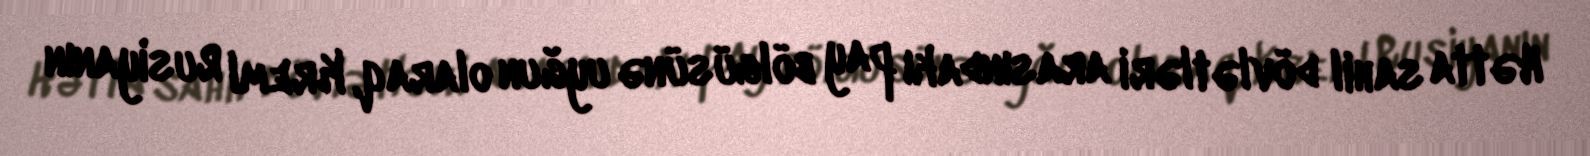
Hətta sahil dövlətləri arasındakı pay bölgüsünə uyğun olaraq, Kreml Rusiyanın